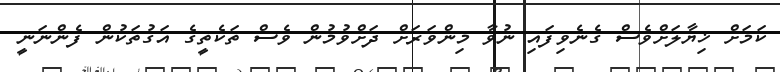
ކަމަށް ޚިޔާލަށްވެސް ގެނެވިފައި ނުވާ މިންވަރަށް ދަށްވުމުން ވެސް ތަކެތީގެ އަގުތަކުން ފެންނަނީ